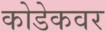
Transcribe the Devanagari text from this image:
कोडेकवर